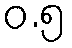
ဝ.၅